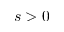
s > 0